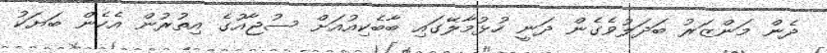
ދެން މަންޒަރު ބަދަލުވެގެން ދަނީ ހުޅުމާލޭގައި ބާބެކިއުއަށް ސުޖާއުގެ އިތުރުން އެހެން ބަޔަކު